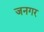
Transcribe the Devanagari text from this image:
जनगर